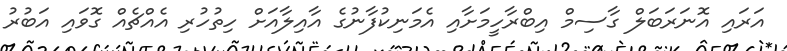
އަރައި އޮނަރަބަލް ގާސިމް އިބްރާހީމަށާއި އެމަނިކުފާނުގެ އާއިލާއަށް ހިތުހުރި އެއްޗެއް ގޮވައި އަބުރު